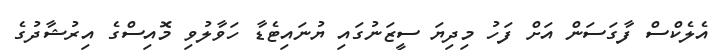
އެލެކްސް ފާގަސަން އަށް ފަހު މިދިޔަ ސީޒަނުގައި ޔުނައިޓެޑާ ހަވާލުވި މޮއިސްގެ އިރުޝާދުގެ